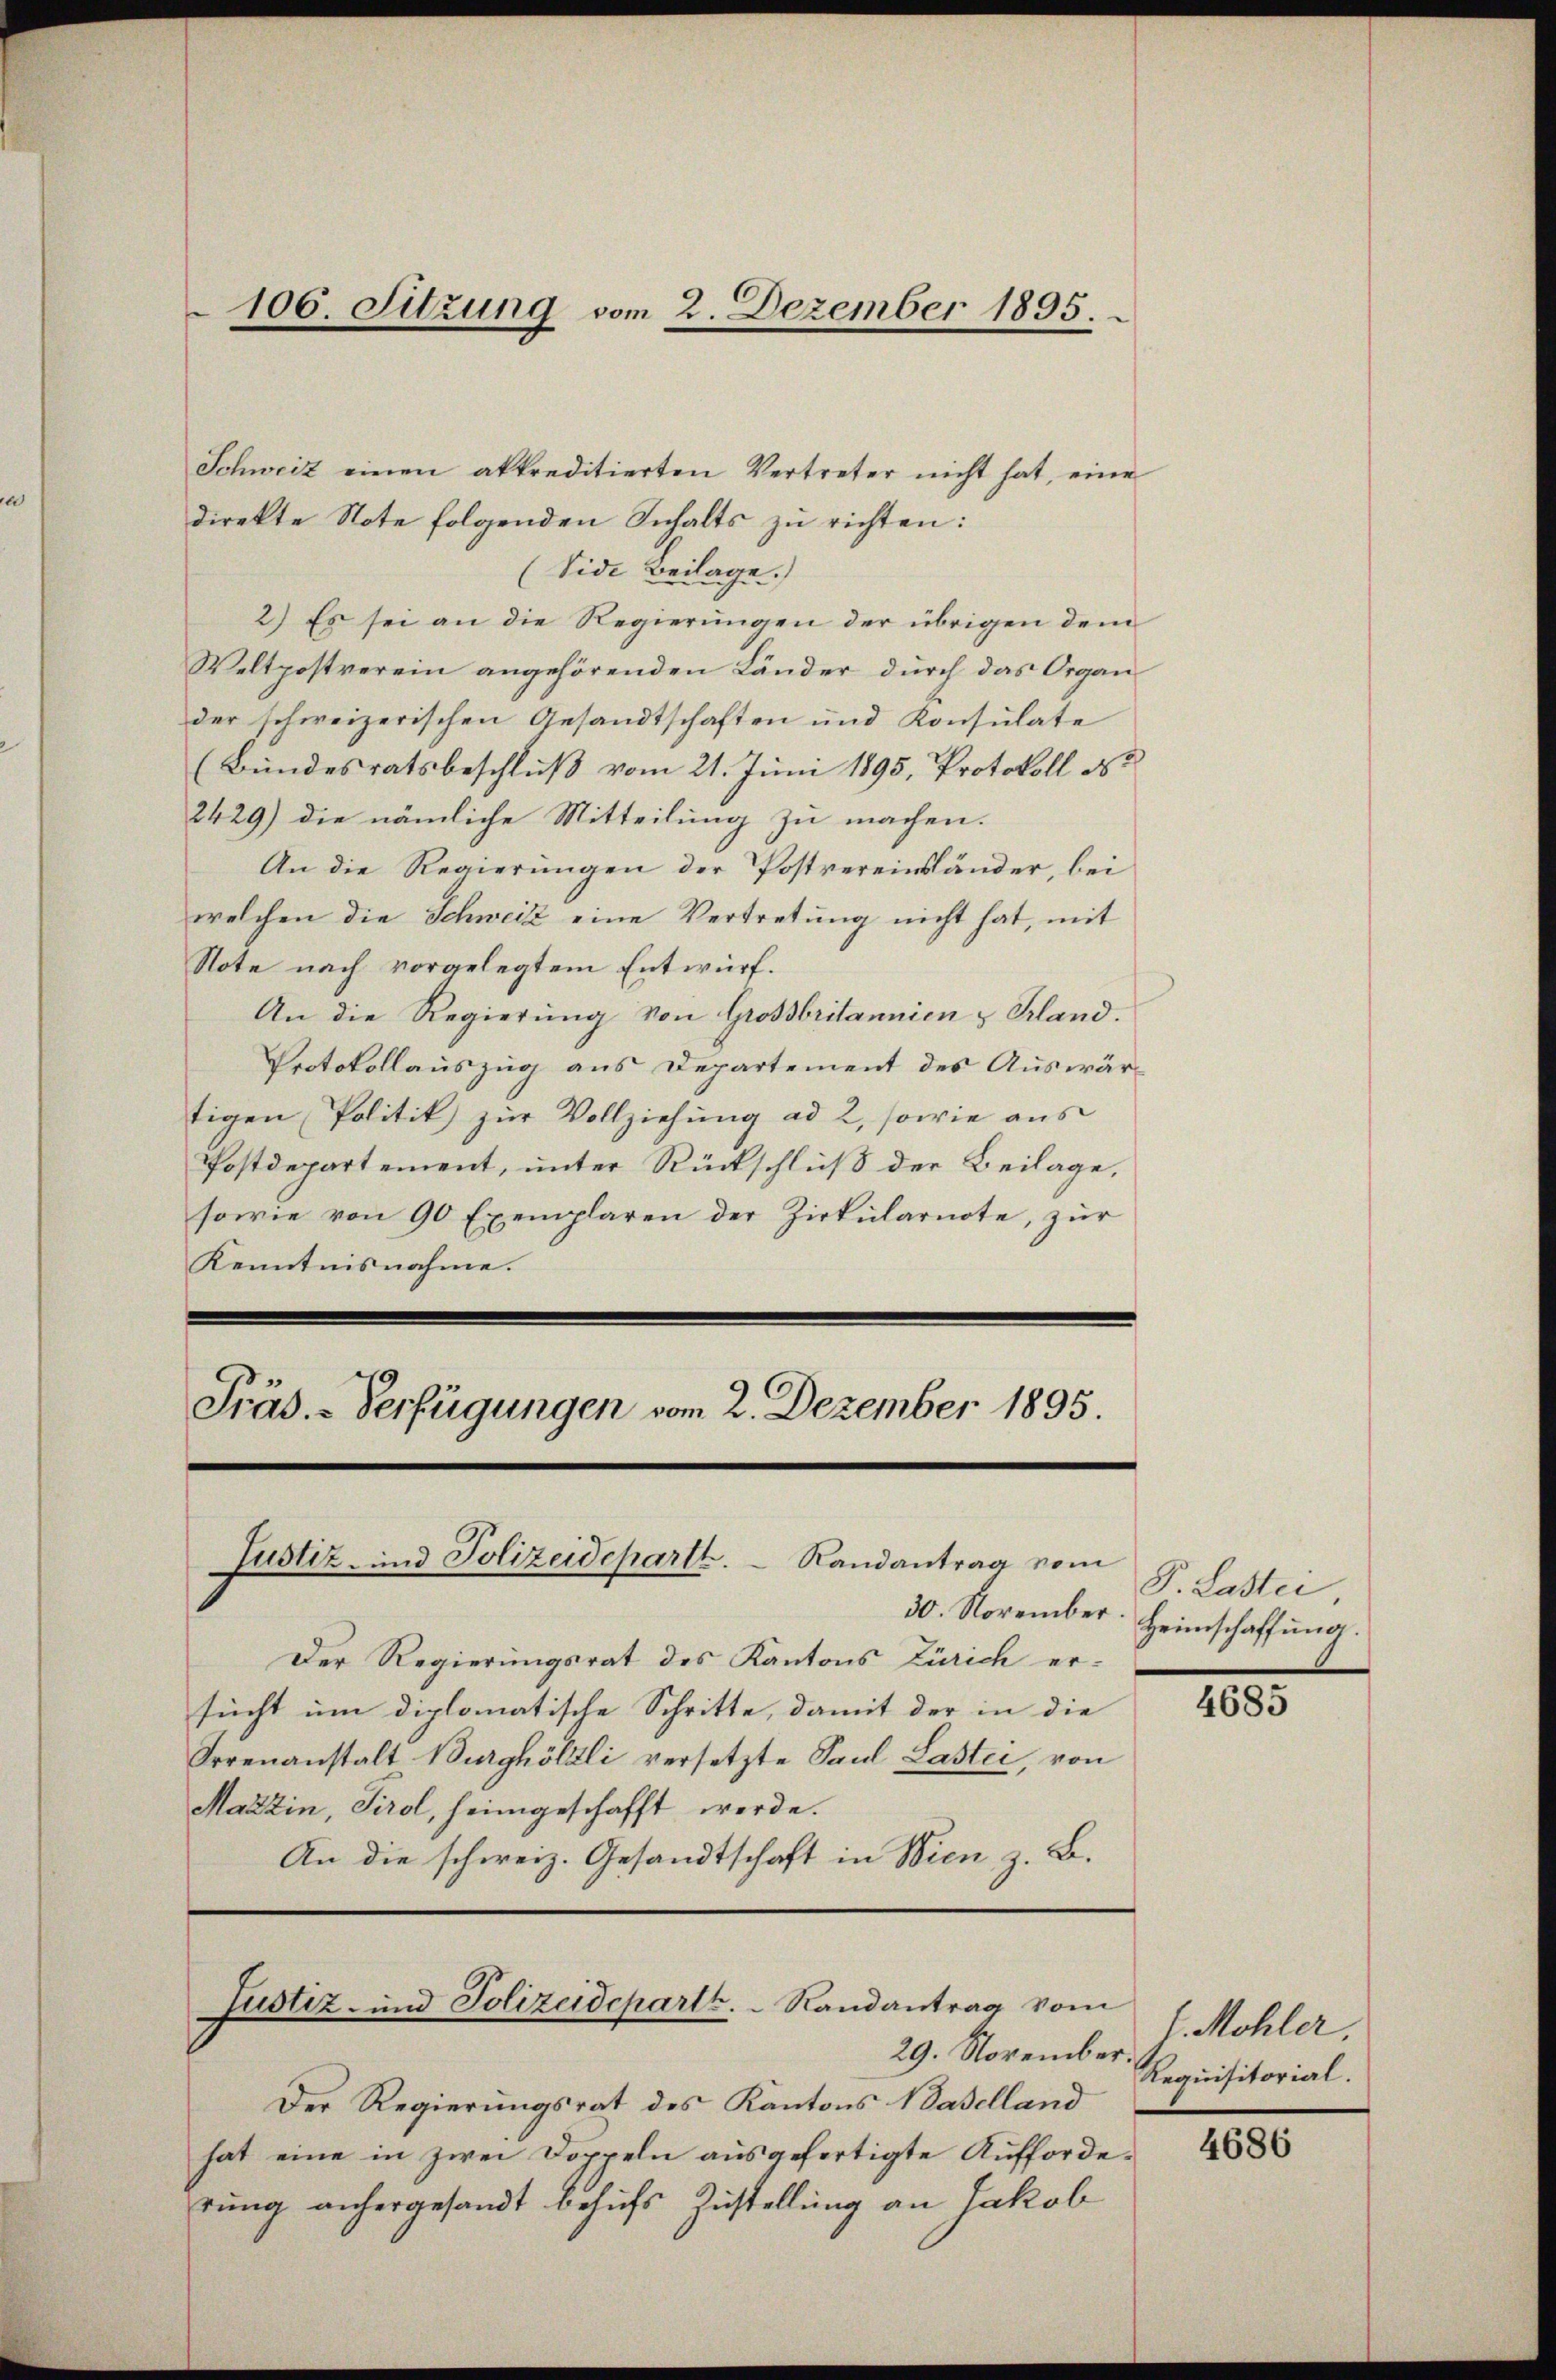
106. Sitzung vom 2. Dezember 1895.

Schweiz einen akkreditierten Vertreter nicht hat, eine
direkte Note folgenden Inhalts zu richten:
(Vide Beilage.)
2.) Es sei an die Regierungen der übrigen dem
Weltpostverein angehörenden Länder dŭrch das Organ
der schweizerischen Gesandtschaften und Konsulate
(Bundesratsbeschluß vom 21. Juni 1895, Protokoll es
2429) die nämliche Mitteilung zu machen.
An die Regierungen der Postvereinsländer, bei
welchen die Schweiz eine Vertretung nicht hat, mit
Note nach vorgelegtem Entwurf.
An die Regierung von Großbritannien & Kland.
Protokollauszug aus Departement des Auswärtigen Politik zur Vollziehung ad 2, sowie aus
Postdepartement, unter Rückschluß der Beilage,
sowie von 90 Exemplaren der Zirkŭlarnote, zŭr
Kenntnisnahme.

Justiz- und Polizeideparth.  Randantrag vom

Präs. - Verfügungen vom 2. Dezember 1895.

30. November
Der Regierungsrat des Kantons Zürich er-
sucht um diplomatische Schritte, damit der in die
Irrenanstalt Burghölzli versetzte Paul Lastei, von
Mazzin, Tirol, heimgeschafft werde.
An die schweiz. Gesandtschaft in Wien z. B.

Justiz- und Polizeideparth.   Randantrag vom
29. November.

Der Regierungsrat des Kantons Baselland
hat eine in zwei Doppeln ausgefertigte Aufforderung anhergesandt behufs Zustellung an Jakob

P. Lastei
Heimschaffung.

4685

J. Mohler,
Requisitorial.

4686